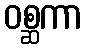
ဝစ္ဆကာ